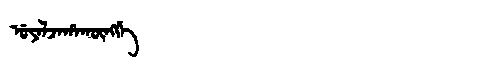
Manchu: ᡠᠶᠠᠯᠵᠠᡥᠠᡴᡡᠩᡤᡝ
Romanization: UYALJAHAKŪNGGE